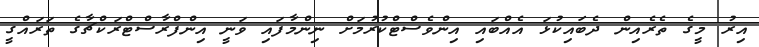
އިރު މީގެ ތެރެއިން ދެބައިކުޅަ އެއްބައި އިންވެސްޓްކުރުމަށް ނިންމާފައި ވަނީ އިންފްރާސްޓްރަކްޗާގެ ތަރައްގީ